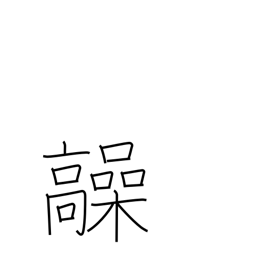
Meaning: high